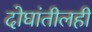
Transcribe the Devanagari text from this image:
दोघांतीलही